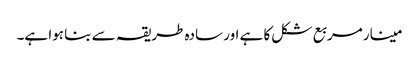
مینار مربع شکل کا ہے اور سادہ طریقہ سے بنا ہوا ہے۔